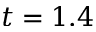
t = 1 . 4